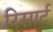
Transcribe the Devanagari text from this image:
रिसार्ट